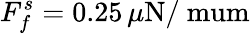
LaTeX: F_{f}^{s}=0.25\, {\mu}\mathrm{N/\ mum}